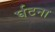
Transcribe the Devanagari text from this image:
र्घटना